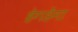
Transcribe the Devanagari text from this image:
हेगडेंना